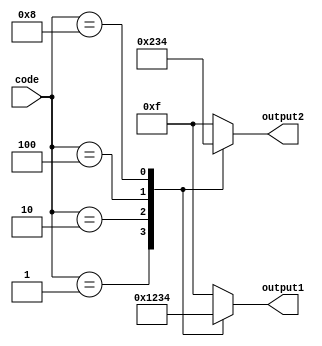
module Decoder(
  input [7:0] code,
  output reg [3:0] output1,
  output reg [3:0] output2
);

always @ (code)
begin
  case (code)
    8'b00000001 : begin
      output1 <= 4'b0001;
      output2 <= 4'b0000;
    end
    8'b00000010 : begin
      output1 <= 4'b0010;
      output2 <= 4'b0010;
    end
    8'b00000100 : begin
      output1 <= 4'b0011;
      output2 <= 4'b0011;
    end
    8'b00001000 : begin
      output1 <= 4'b0100;
      output2 <= 4'b0100;
    end
    default : begin
      output1 <= 4'b1111;
      output2 <= 4'b1111;
    end
  endcase
end

endmodule